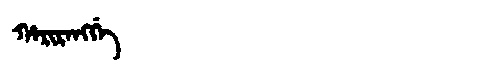
Manchu: ᡥᠠᡵᡳᡵᠠᠩᡤᡝ
Romanization: HARIRANGGE